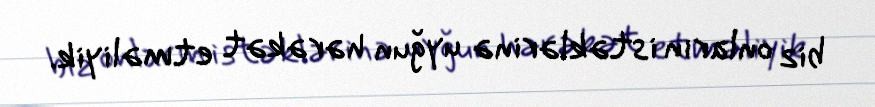
biz onların istəklərinə uyğun hərəkət etməliyik.